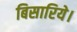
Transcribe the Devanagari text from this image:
बिसारिये।